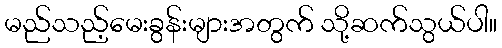
မည်သည့်မေးခွန်းများအတွက် သို့ဆက်သွယ်ပါ။